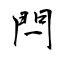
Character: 閂